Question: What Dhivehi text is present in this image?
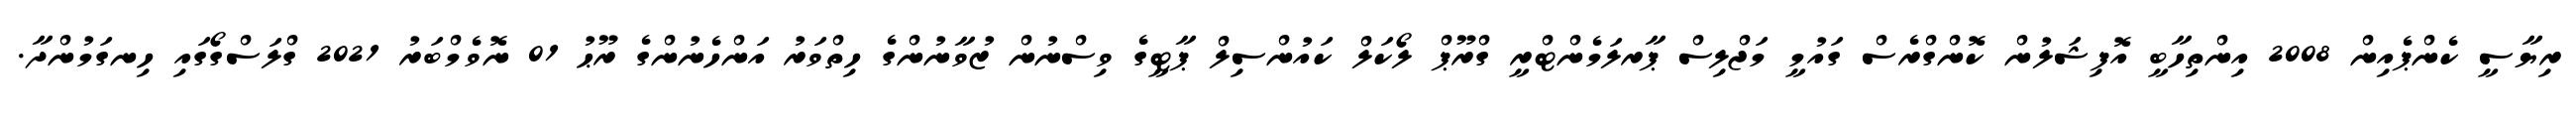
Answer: ރިޔާސީ ކެންޕެއިން 2008 އިންތިހާބީ އޮފިޝަލުން ކޮންގްރެސް ގައުމީ މަޖްލިސް ޕާރލަމެންޓްރީ ގްރޫޕް ލޯކަލް ކައުންސިލް ޕާޓީގެ ވިސްނުން ޒުވާނުންގެ ހިތްވަރު އަންހެނުންގެ ރޫޙު 01 ނޮވެމްބަރު 2021 ގްލަސްގޯގައި ހިނގަމުންދާ.